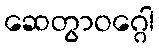
ဆေတွာဝဂ္ဂေါ